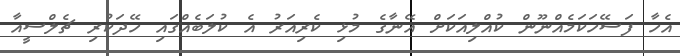
އެހާ ފަސޭހަކަމެއްނޫން ކުއްލިއަކަށް އޭނާގެ މުޅި ކެރިއަރު އެ ކުލަބެއްގައި ހޭދަކުރި ޗެލްސީއާ